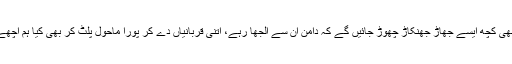
جب موصوف واپس جائیں گے تو بھی کچھ ایسے جھاڑ جھنکاڑ چھوڑ جائیں گے کہ دامن ان سے الجھا رہے، اتنی قربانیاں دے کر پورا ماحول پلٹ کر بھی کیا ہم اچھے پڑوسیوں کی طرح رہ پائیں گے؟